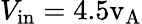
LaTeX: V_{\mathrm{in}}=4.5\mathrm{v_{A}}